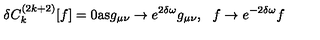
\delta C _ { k } ^ { ( 2 k + 2 ) } [ f ] = 0 \mathrm { a s } g _ { \mu \nu } \rightarrow e ^ { 2 \delta \omega } g _ { \mu \nu } , \: \: \: f \rightarrow e ^ { - 2 \delta \omega } f